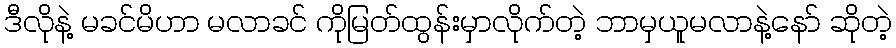
ဒီလိုနဲ့ မခင်မိဟာ မလာခင် ကိုမြတ်ထွန်းမှာလိုက်တဲ့ ဘာမှယူမလာနဲ့နော် ဆိုတဲ့